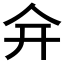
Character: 𠇋